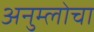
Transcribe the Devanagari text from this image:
अनुम्लोचा